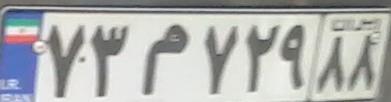
۷۳م۷۲۹۸۸